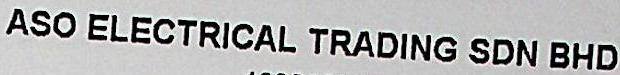
ASO ELECTRICAL TRADING SDN BHD